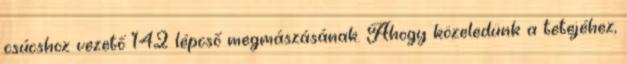
csúcshoz vezető 142 lépcső megmászásának. Ahogy közeledünk a tetejéhez,